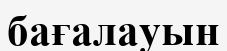
бағалауын